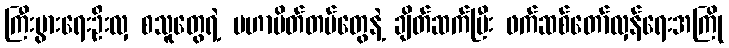
ကြီးပွားရေးဦးလှ စသူတွေရဲ့ မဟာမိတ်တပ်တွေနဲ့ ချိတ်ဆက်ပြီး ဖက်ဆစ်တော်လှန်ရေးအကြို